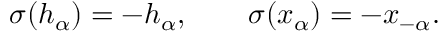
\sigma ( h _ { \alpha } ) = - h _ { \alpha } , \qquad \sigma ( x _ { \alpha } ) = - x _ { - \alpha } .